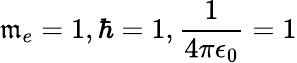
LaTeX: \mathfrak{m}_{e}=1,\hbar=1,\frac{{1}}{{4\pi\epsilon_{0}}}=1